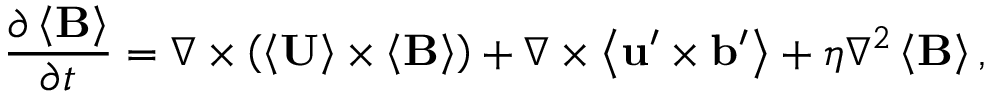
\frac { \partial \left\langle \mathbf { B } \right\rangle } { \partial t } = \nabla \times \left( \left\langle \mathbf { U } \right\rangle \times \left\langle \mathbf { B } \right\rangle \right) + \nabla \times \left\langle \mathbf { u } ^ { \prime } \times \mathbf { b } ^ { \prime } \right\rangle + \eta \nabla ^ { 2 } \left\langle \mathbf { B } \right\rangle ,